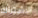
الاشتراك